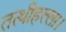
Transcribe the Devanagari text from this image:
तत्थीहल्ला।